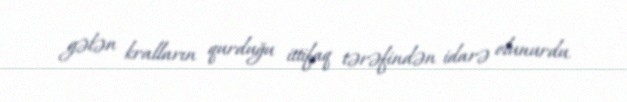
gələn kralların qurduğu ittifaq tərəfindən idarə olunurdu.